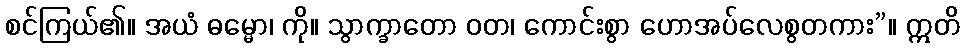
စင်ကြယ်၏။ အယံ ဓမ္မော၊ ကို။ သွာက္ခာတော ဝတ၊ ကောင်းစွာ ဟောအပ်လေစွတကား”။ ဣတိ